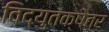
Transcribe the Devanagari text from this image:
विद्युतक्षेत्र